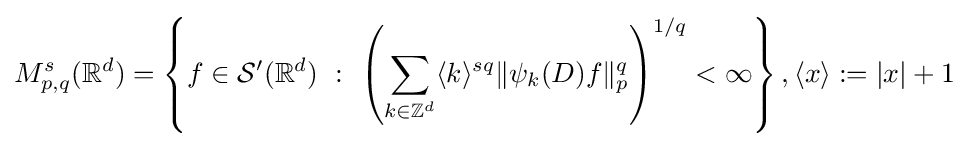
M_{p,q}^{s}(\mathbb {R} ^{d})=\left\{f\in {\mathcal {S}}'(\mathbb {R} ^{d})\ :\ \left(\sum _{k\in \mathbb {Z} ^{d}}\langle k\rangle ^{sq}\|\psi _{k}(D)f\|_{p}^{q}\right)^{1/q}<\infty \right\},\langle x\rangle :=|x|+1